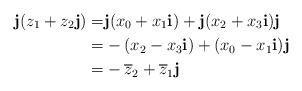
LaTeX: \begin{align*}\mathbf j (z_1+ z_2\mathbf j)=&\mathbf j(x_0+x_1\mathbf i) +\mathbf j(x_2 + x_3\mathbf i)\mathbf j\\=&-(x_2-x_3\mathbf i)+(x_0-x_1\mathbf i)\mathbf j\\=&-\overline z_2 +\overline z_1 \mathbf j\end{align*}